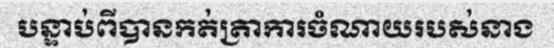
បន្ទាប់ពីបានកត់ត្រាការចំណាយរបស់នាង